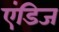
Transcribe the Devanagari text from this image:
एंडिज